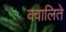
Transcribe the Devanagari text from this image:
क्वालिते